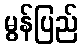
မွန်ပြည်